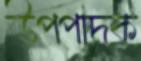
উপপাদক